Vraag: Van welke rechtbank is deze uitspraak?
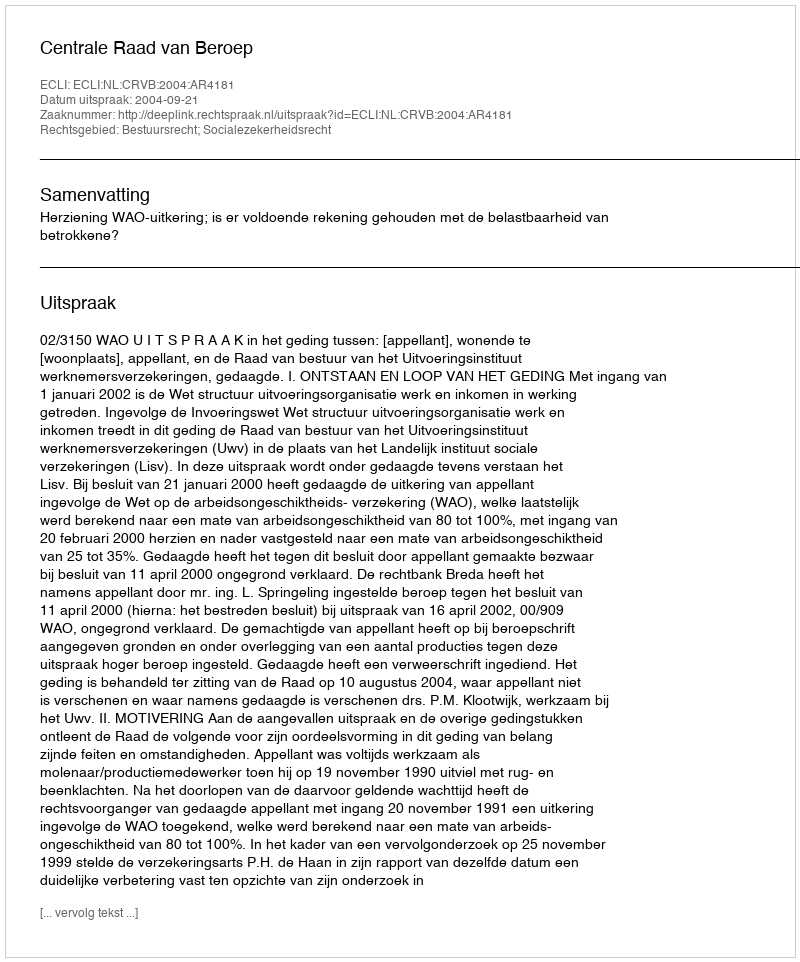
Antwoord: Centrale Raad van Beroep